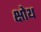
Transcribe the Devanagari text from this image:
क्षोथ